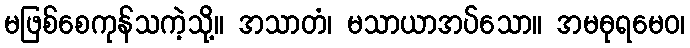
မဖြစ်စေကုန်သကဲ့သို့။ အသာတံ၊ မသာယာအပ်သော။ အမဓုရမေဝ၊